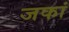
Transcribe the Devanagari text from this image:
जकां